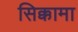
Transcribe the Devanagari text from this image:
सिक्कामा